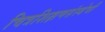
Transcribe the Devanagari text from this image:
चित्रशिक्षणसंस्थेची